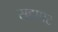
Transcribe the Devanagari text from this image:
सहापट